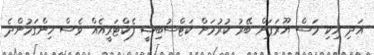
އަދި ހިކި މަސް ޔޫރަޕަށް ބޭރު ކުރުމަށް ކަޓްސުބިޝީ ފެކްޓަރީއެއް ވެސް ހިންގަމުންދެ